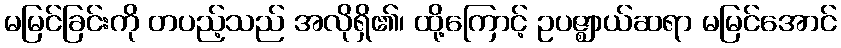
မမြင်ခြင်းကို တပည့်သည် အလိုရှိ၏၊ ထို့ကြောင့် ဥပဇ္ဈာယ်ဆရာ မမြင်အောင်